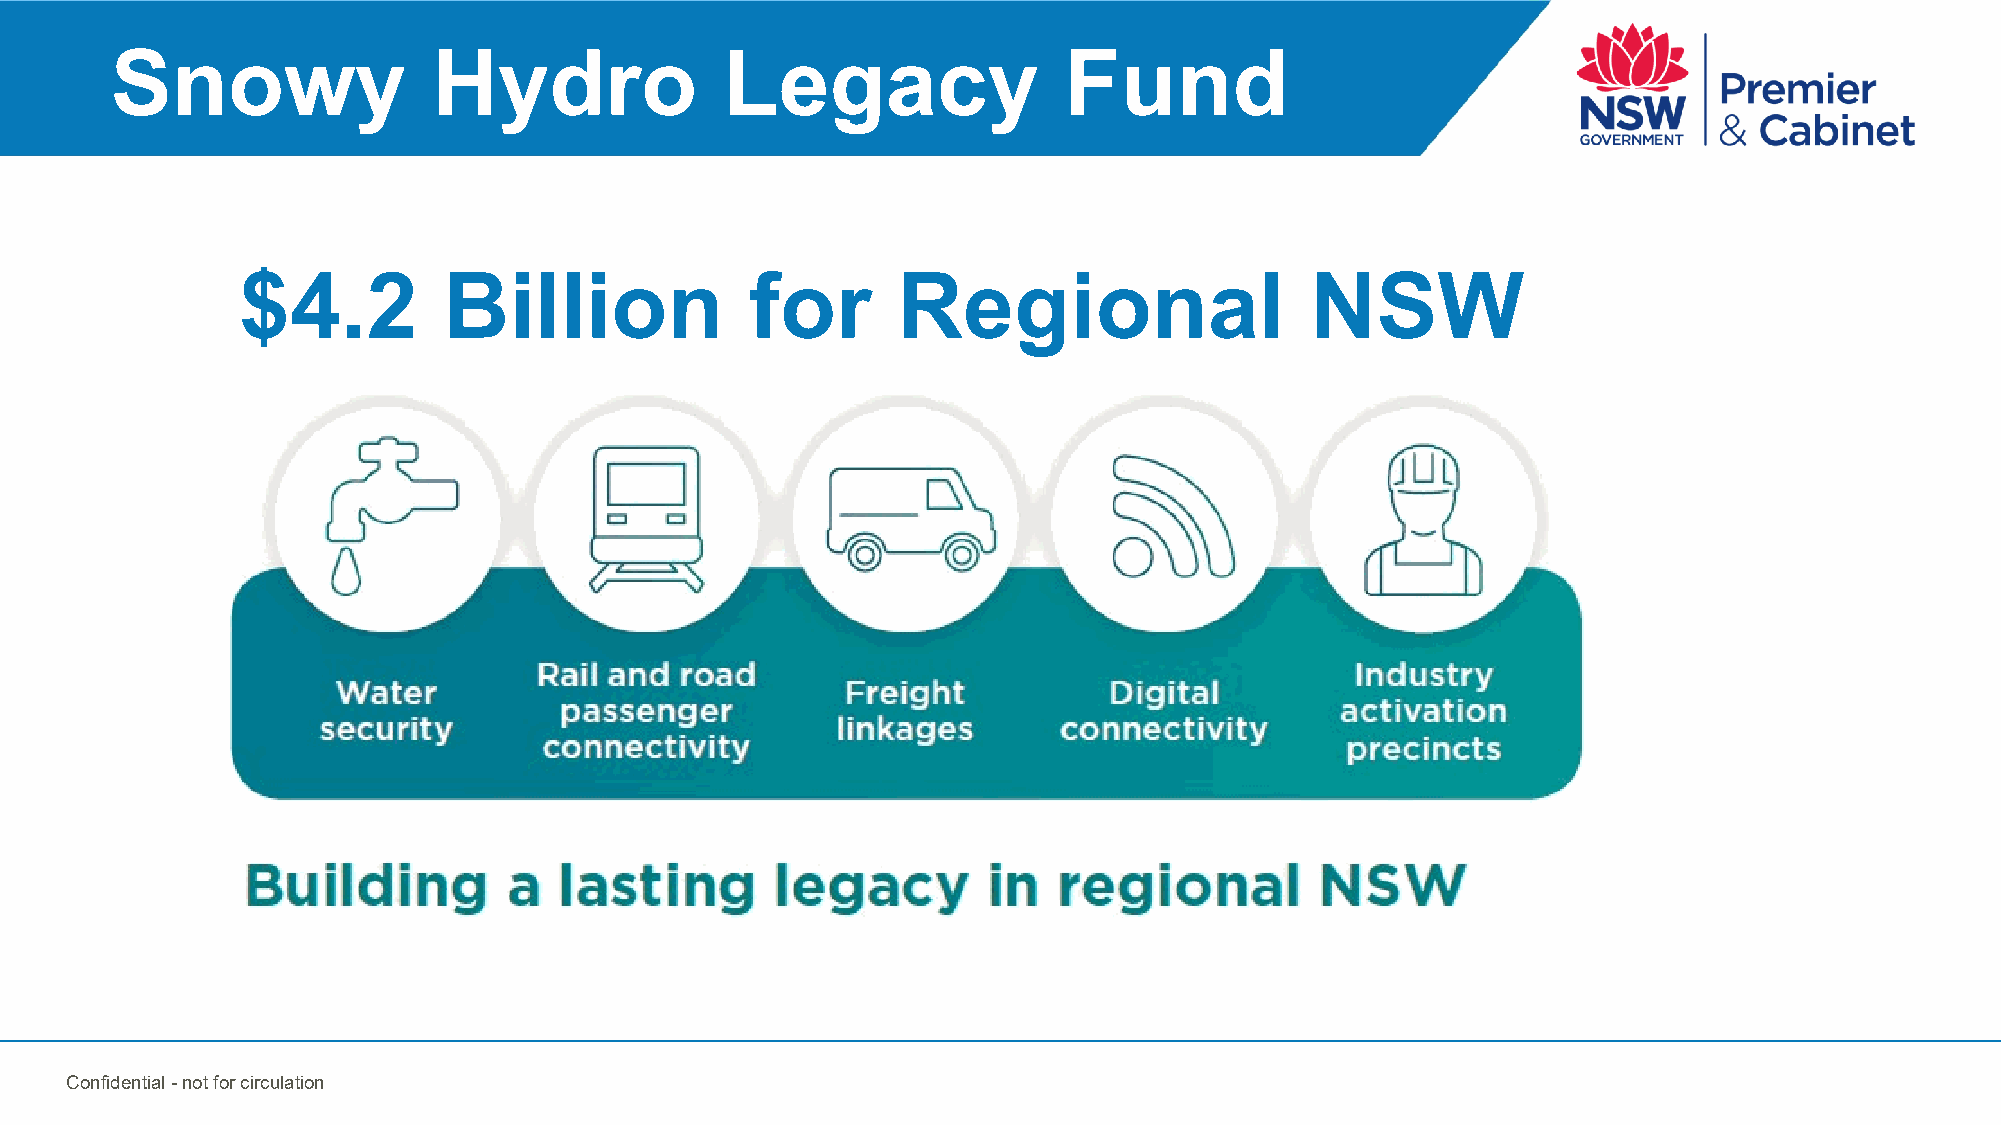
Snowy                 Hydro              Legacy                Fund
 $4.2         Billion              for      Regional                    NSW
 Confidential -not for circulation